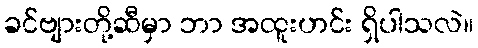
ခင်ဗျားတို့ဆီမှာ ဘာ အထူးဟင်း ရှိပါသလဲ။